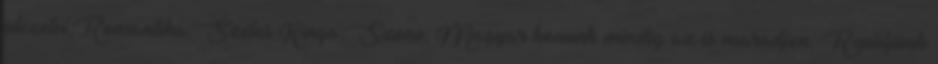
idézetei,Romantika,Széles Kinga,Szone, Magyar honunk mindig az is maradjon. Repüljünk